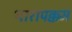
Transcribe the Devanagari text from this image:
थारापक्कम